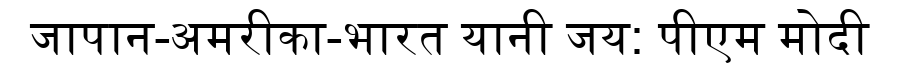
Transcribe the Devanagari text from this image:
जापान-अमरीका-भारत यानी जय: पीएम मोदी